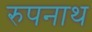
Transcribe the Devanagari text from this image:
रुपनाथ